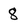
Character: 8